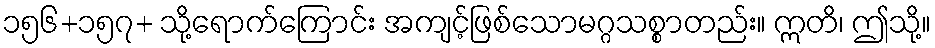
၁၅၆+၁၅၇+ သို့ရောက်ကြောင်း အကျင့်ဖြစ်သောမဂ္ဂသစ္စာတည်း။ ဣတိ၊ ဤသို့။